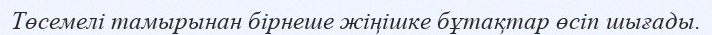
Төсемелі тамырынан бірнеше жіңішке бұтақтар өсіп шығады.